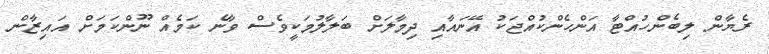
ރެޔާން ލިބެންހުއްޓާ އަންހެންކުއްޖަކު އޭނައާއި ދިމާލަށް ބަލާލުމަކީވެސް ވާނެ ކަމެއް ނޫންކަމަށް އައިޒާން